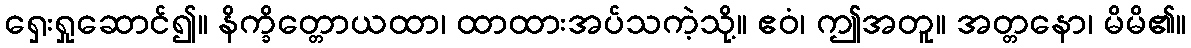
ရှေးရှုဆောင်၍။ နိက္ခိတ္တောယထာ၊ ထာထားအပ်သကဲ့သို့။ ဧဝံ၊ ဤအတူ။ အတ္တနော၊ မိမိ၏။